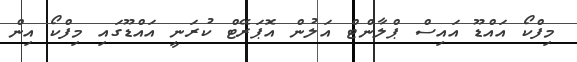
މިފްކޯ އައްޑޫ އައިސް ޕްލާންޓް އަލުން އޮޕަރޭޓް ކުރަނީ އައްޑޫގައި މިފްކޯ އިން